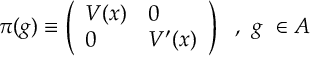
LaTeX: \pi ( g ) \equiv \left( \begin{array} { l l } { { V ( x ) } } & { { 0 } } \\ { { 0 } } & { { V ^ { \prime } ( x ) } } \end{array} \right) \, \, \, \, , \, \, g \, \, \in { \cal A }